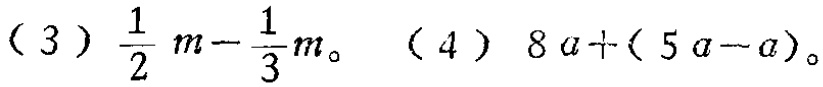
(3) $\frac{1}{2}m - \frac{1}{3}m$。(4) $8a+(5a - a)$。